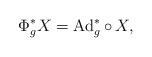
LaTeX: \begin{align*}\Phi_g^*X=\operatorname{Ad}^*_g\circ\,X,\end{align*}